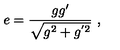
e = \frac { g g ^ { \prime } } { \sqrt { g ^ { 2 } + g ^ { ' 2 } } } \ ,